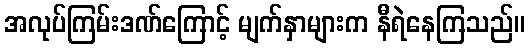
အလုပ်ကြမ်းဒဏ်ကြောင့် မျက်နှာများက နီရဲနေကြသည်။